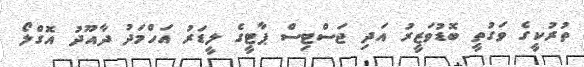
ތުރުކީގެ ވަގުތީ ބޮޑުވަޒީރު އަދި ޖަސްޓިސް ޕާޓީގެ ލީޑަރު އަހްމަދު ދާއޫދު އޮގްލޯ